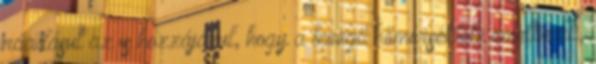
ráadásul az is hozzájárul, hogy a levegő hőmérséklete emelkedik,